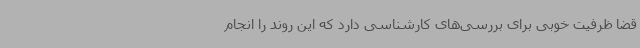
قضا ظرفیت خوبی برای بررسی‌های کارشناسی دارد که این روند را انجام